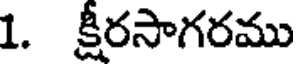
1. క్షీరసాగరము